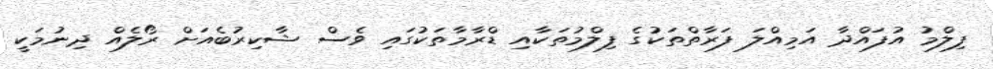
ފިލްމު އުފައްދާ އަމިއްލަ ފަރާތްތަކުގެ ފިލްމުތަކާއި ޑްރާމާތަކުގައި ވެސް ޝާކިރުބެއަށް ރޯލެއް ދިނުމަކީ